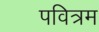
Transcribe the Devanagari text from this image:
पवित्रम